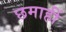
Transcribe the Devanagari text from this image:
छमाहीं